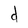
Character: d